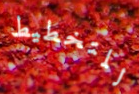
للتخطيط